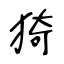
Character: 猗